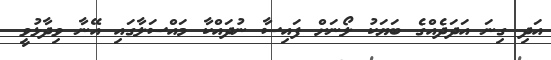
އަދި ގިނަ އަދަދެއްގެ ބަޔަކު ލޯނަށް ފައިސާ ނުދައްކާ މައްސަލާގައި އޭނާ ވިދާޅުވީ